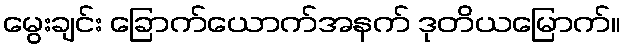
မွေးချင်း ခြောက်ယောက်အနက် ဒုတိယမြောက်။